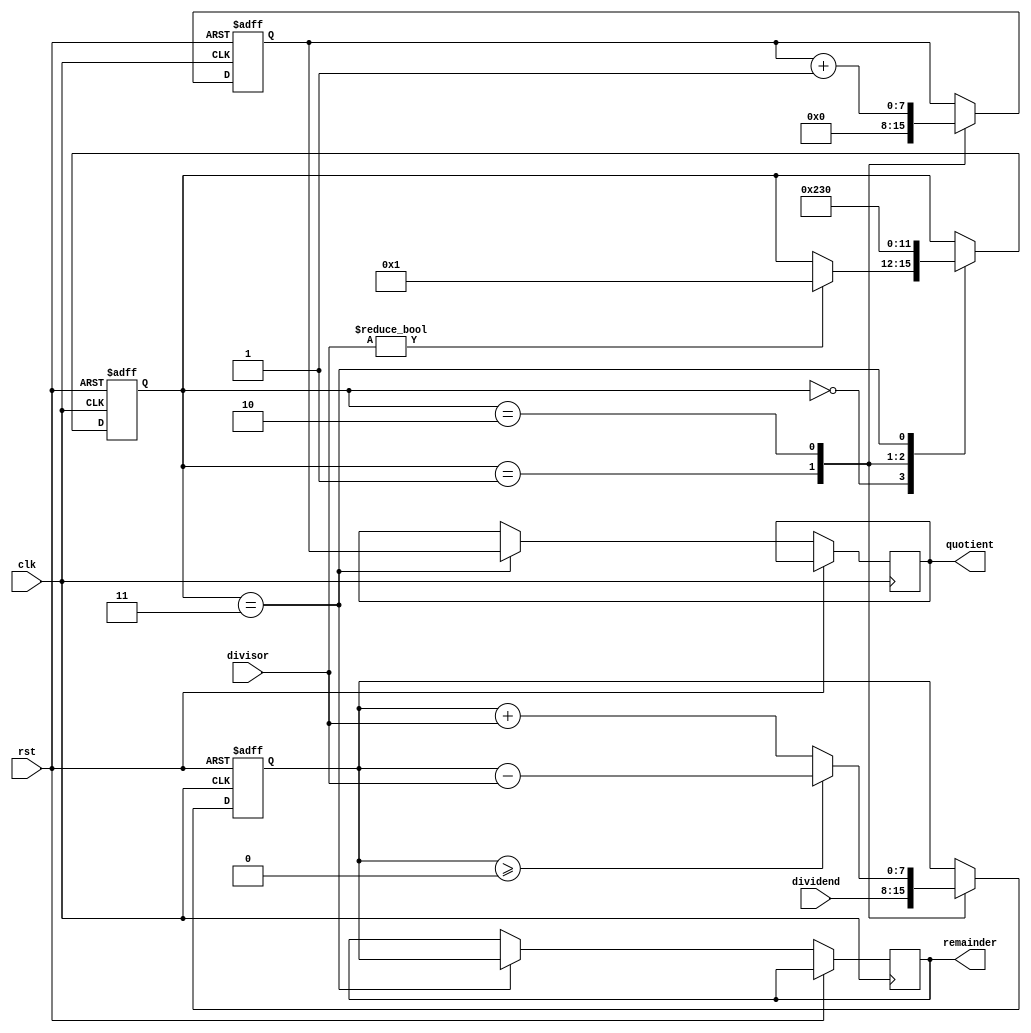
module NonRestoringDivider (
    input wire [7:0] dividend,
    input wire [7:0] divisor,
    output reg [7:0] quotient,
    output reg [7:0] remainder,
    input wire clk,
    input wire rst
);

reg [7:0] temp_remainder;
reg [7:0] temp_quotient;

reg [3:0] state;
parameter IDLE = 4'b0000;
parameter INITIALIZE = 4'b0001;
parameter DIVIDE = 4'b0010;
parameter FINALIZE = 4'b0011;

always @(posedge clk or posedge rst) begin
    if (rst) begin
        state <= IDLE;
        temp_remainder <= 8'b0;
        temp_quotient <= 8'b0;
    end else begin
        case(state)
            IDLE: begin
                if (divisor != 8'b0) begin
                    state <= INITIALIZE;
                end
            end
            INITIALIZE: begin
                temp_remainder <= dividend;
                temp_quotient <= 8'b0;
                state <= DIVIDE;
            end
            DIVIDE: begin
                if (temp_remainder >= 8'b0) begin
                    temp_remainder <= temp_remainder - divisor;
                end else begin
                    temp_remainder <= temp_remainder + divisor;
                end
                temp_quotient <= temp_quotient + 1;
                state <= FINALIZE;
            end
            FINALIZE: begin
                remainder <= temp_remainder;
                quotient <= temp_quotient;
                state <= IDLE;
            end
        endcase
    end
end

endmodule